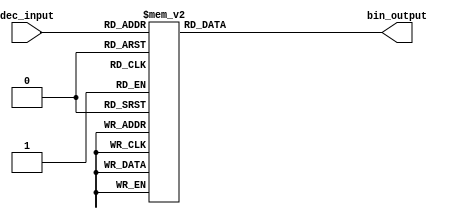
module decimal_to_binary_encoder (
    input wire [3:0] dec_input,   // 4-bit decimal input
    output reg [3:0] bin_output    // 4-bit binary output
);

// Always block to handle the conversion
always @(*) begin
    // Default the output to some error value, for example, 4'b1111
    bin_output = 4'b1111; // Error code for invalid input

    case (dec_input)
        4'b0000: bin_output = 4'b0000; // Decimal 0
        4'b0001: bin_output = 4'b0001; // Decimal 1
        4'b0010: bin_output = 4'b0010; // Decimal 2
        4'b0011: bin_output = 4'b0011; // Decimal 3
        4'b0100: bin_output = 4'b0100; // Decimal 4
        4'b0101: bin_output = 4'b0101; // Decimal 5
        4'b0110: bin_output = 4'b0110; // Decimal 6
        4'b0111: bin_output = 4'b0111; // Decimal 7
        4'b1000: bin_output = 4'b1000; // Decimal 8
        4'b1001: bin_output = 4'b1001; // Decimal 9
        default: bin_output = 4'b1111;  // Error condition for inputs 10-15
    endcase
end

endmodule